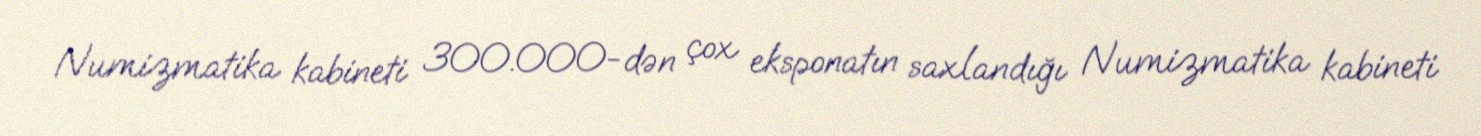
Numizmatika kabineti 300.000-dən çox eksponatın saxlandığı Numizmatika kabineti